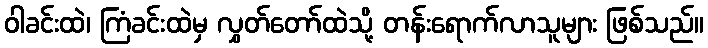
ဝါခင်းထဲ၊ ကြံခင်းထဲမှ လွှတ်တော်ထဲသို့ တန်းရောက်လာသူများ ဖြစ်သည်။